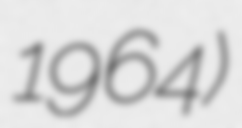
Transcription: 1964)